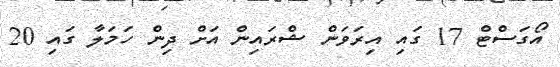
އޯގަސްޓް 17 ގައި އިރަވަން ޝްރައިން އަށް ދިން ހަމަލާ ގައި 20